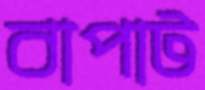
বাপাট